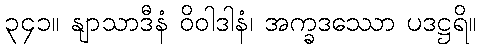
၃၄၁။ နျာသာဒီနံ ဝိဝါဒါနံ၊ အက္ခဒဿော ပဒဋ္ဌရိ။